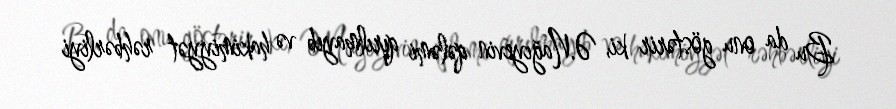
Bu da onu göstərir ki, Ə.Nağıyevin qələmi qırılmayıb və hakimiyyət rəhbərliyi